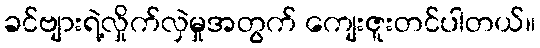
ခင်ဗျားရဲ့လှိုက်လှဲမှုအတွက် ကျေးဇူးတင်ပါတယ်။